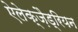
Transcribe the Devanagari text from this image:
ऐलेक्ज़ैड्रियन